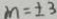
m = \pm 3